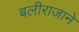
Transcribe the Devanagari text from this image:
बलीराजाने